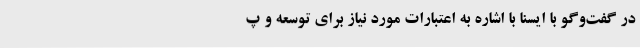
در گفت‌وگو با ایسنا با اشاره به اعتبارات مورد نیاز برای توسعه و پ